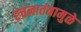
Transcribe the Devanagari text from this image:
रचनातंत्रामुळे